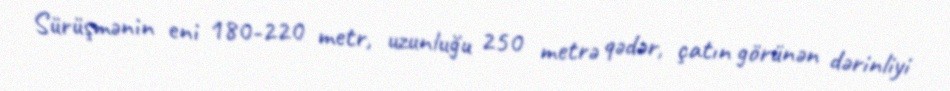
Sürüşmənin eni 180-220 metr, uzunluğu 250 metrə qədər, çatın görünən dərinliyi